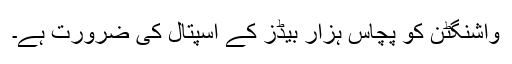
واشنگٹن کو پچاس ہزار بیڈز کے اسپتال کی ضرورت ہے۔